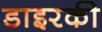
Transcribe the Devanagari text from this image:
डाइरकी